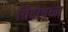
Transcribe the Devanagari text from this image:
त्रिदोषध्न